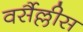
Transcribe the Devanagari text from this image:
वर्सैल्लीस